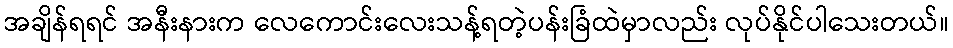
အချိန်ရရင် အနီးနားက လေကောင်းလေးသန့်ရတဲ့ပန်းခြံထဲမှာလည်း လုပ်နိုင်ပါသေးတယ်။